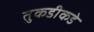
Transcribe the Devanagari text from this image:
तुकडीकडे